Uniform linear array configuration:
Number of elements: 16
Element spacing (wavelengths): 0.5
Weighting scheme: uniform
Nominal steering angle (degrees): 60
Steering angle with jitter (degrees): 61.901
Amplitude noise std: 0.05
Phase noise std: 0.05

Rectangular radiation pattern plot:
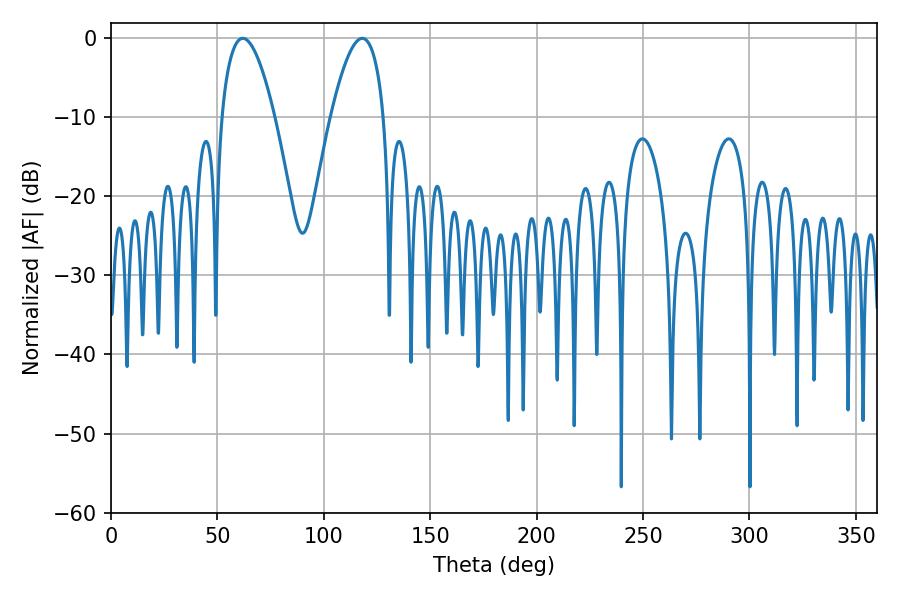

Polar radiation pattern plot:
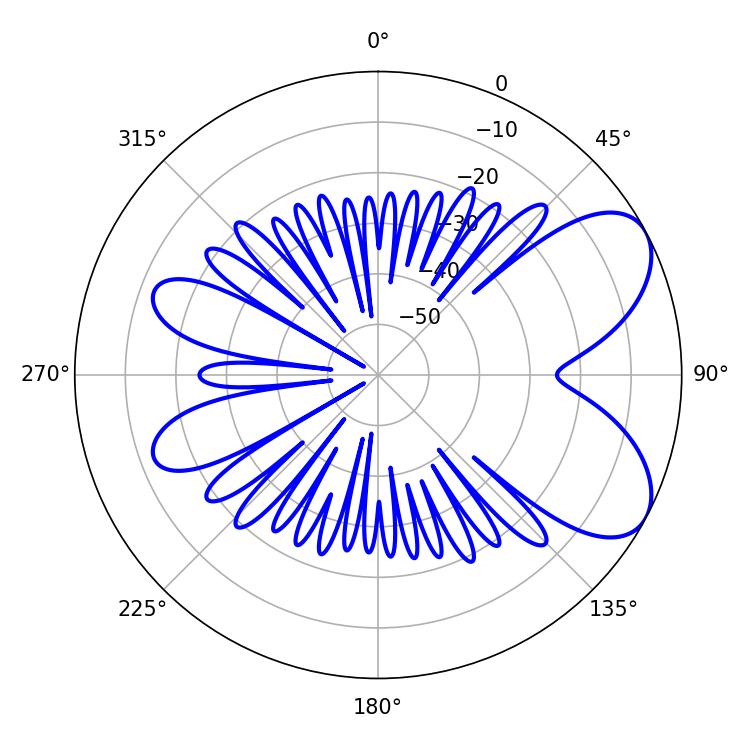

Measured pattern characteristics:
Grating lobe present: FALSE
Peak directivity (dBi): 6.573
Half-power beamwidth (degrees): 13.86
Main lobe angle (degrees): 61.92